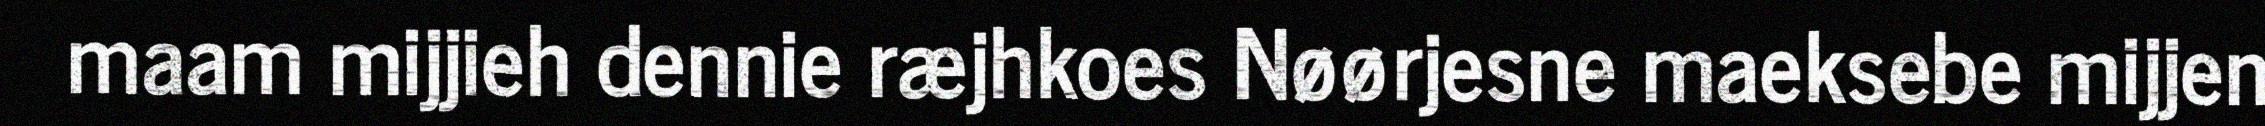
maam mijjieh dennie ræjhkoes Nøørjesne maeksebe mijjen